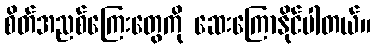
စိတ်အညစ်ကြေးတွေကို ဆေးကြောနိုင်ပါတယ်။